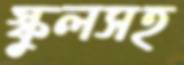
স্কুলসহ